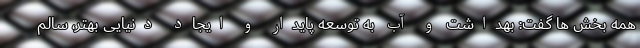
همه بخش ها گفت: بهداشت و آب به توسعه پایدار و ایجاد دنیایی بهتر، سالم